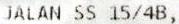
JALAN SS 15/4B,